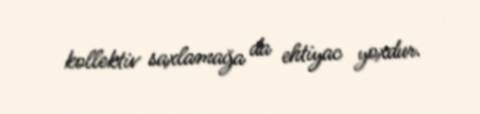
kollektiv saxlamağa da ehtiyac yoxdur.